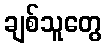
ချစ်သူတွေ